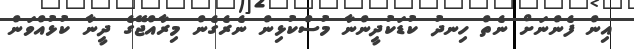
އިން ފެންނަށް ނެތް ހިނދު ކުޑަކުދީންނާ މުސްކުޅިން ނެރެގެން މިރާއްޖޭގެ ދީނާ ކުޅުއްވަން